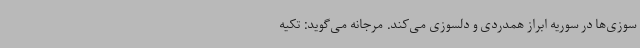
سوزی‌ها در سوریه ابراز همدردی و دلسوزی می‌کند. مرجانه می‌گوید: تکیه